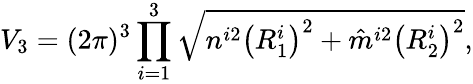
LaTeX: V_{3}=(2\pi)^{3}\prod_{i=1}^{3}\sqrt{n^{i2}\left(R_{1}^{i}\right)^{2}+\hat{m}^{i2}\left(R_{2}^{i}\right)^{2}},